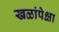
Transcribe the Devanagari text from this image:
खळांपेक्षा